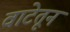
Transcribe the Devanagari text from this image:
वाटेतून